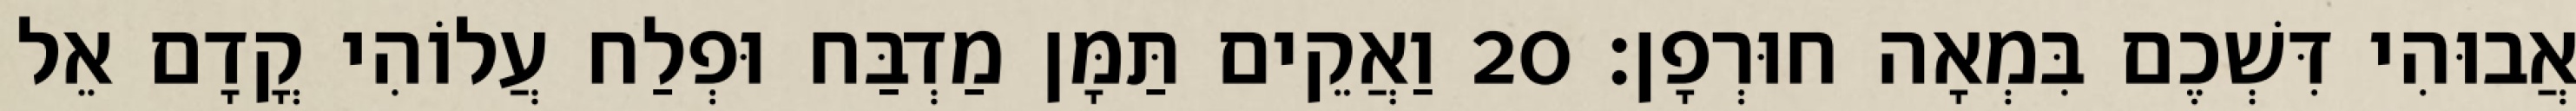
אֲבוּהִי דִּשְׁכֶם בִּמְאָה חוּרְפָן׃ 20 וַאֲקֵים תַּמָּן מַדְבַּח וּפְלַח עֲלוֹהִי קֳדָם אֵל